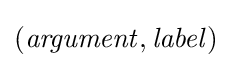
({\mathit {argument}},{\mathit {label}})